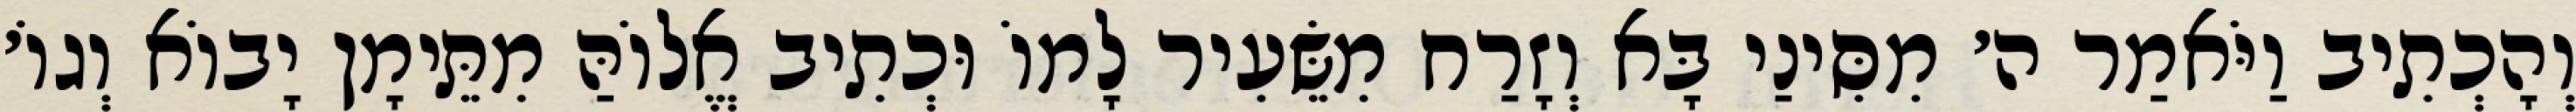
וְהָכְתִיב וַיֹּאמַר ה׳ מִסִּינַי בָּא וְזָרַח מִשֵּׂעִיר לָמוֹ וּכְתִיב אֱלוֹהַּ מִתֵּימָן יָבוֹא וְגוֹ׳